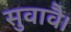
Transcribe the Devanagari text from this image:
सुवावै।